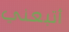
أتبعني